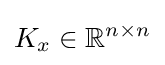
K_{x}\in \mathbb {R} ^{n\times n}